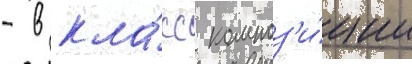
- в кла́сс композ'и́ции